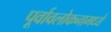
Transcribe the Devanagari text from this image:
पूर्वावलोकनामध्ये